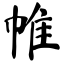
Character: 帷